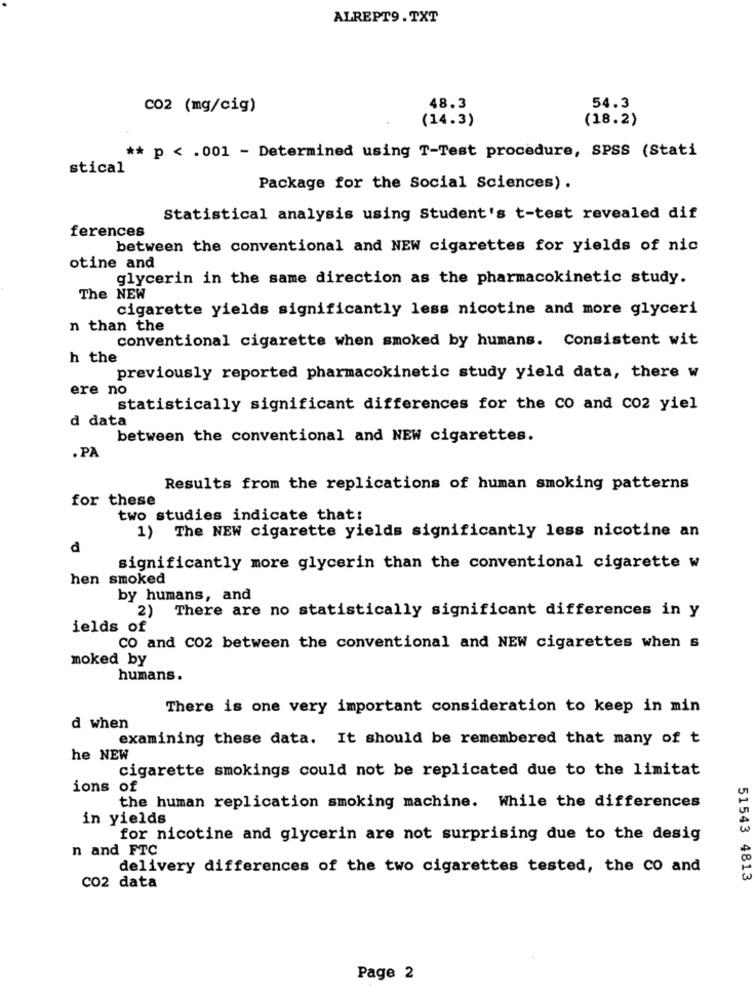
ALREPT9. TXT
48.3
C02 (mg/cig)
54.3
(14.3)
(18.2)
** p < . 001 - Determined using T-Test procedure, SPSS (Stati
stical
Package for the Social Sciences) .
Statistical analysis using Student's t-test revealed dif
ferences
between the conventional and NEW cigarettes for yields of nic
otine and
glycerin in the same direction as the pharmacokinetic study.
The NEW
cigarette yields significantly less nicotine and more glyceri
n than the
conventional cigarette when smoked by humans. Consistent wit
h the
previously reported pharmacokinetic study yield data, there w
ere no
statistically significant differences for the CO and co2 yiel
d data
between the conventional and NEW cigarettes.
. PA
Results from the replications of human smoking patterns
for these
two studies indicate that:
)The NEW cigarette yields significantly less nicotine an
₫
significantly more glycerin than the conventional cigarette w
hen smoked
by humans, and
2)
There are no statistically significant differences in y
ields of
CO and CO2 between the conventional and NEW cigarettes when s
moked by
humans.
There is one very important consideration to keep in min
d when
examining these data. It should be remembered that many of t
he NEW
cigarette smokings could not be replicated due to the limitat
ions of
the human replication smoking machine. While the differences
in yields
for nicotine and glycerin are not surprising due to the desig
n and FTC
delivery differences of the two cigarettes tested, the co and
51543 4813
CO2 data
Page 2